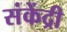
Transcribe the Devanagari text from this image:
संकेंद्री